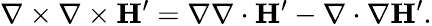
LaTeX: \nabla\times\nabla\times\mathbf{H}^{\prime}=\nabla\nabla\cdot\mathbf{H}^{\prime}-\nabla\cdot\nabla\mathbf{H}^{\prime}.